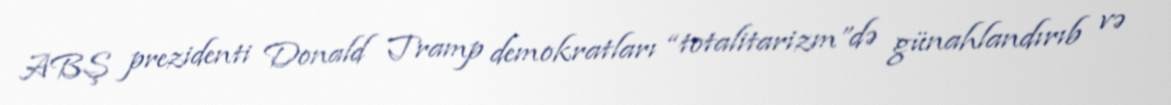
ABŞ prezidenti Donald Tramp demokratları “totalitarizm”də günahlandırıb və